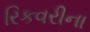
રિકવરીના